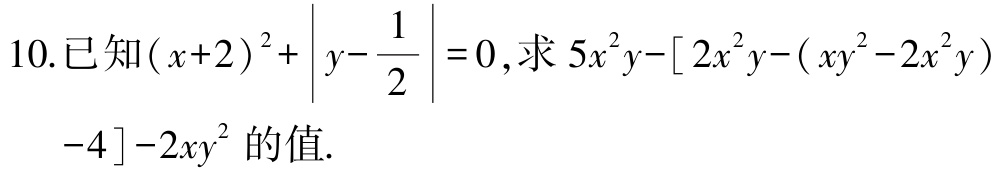
10.已知\((x + 2)^2+\left|y-\frac{1}{2}\right| = 0\),求\(5x^{2}y-\left[2x^{2}y-(xy^{2}-2x^{2}y)-4\right]-2xy^{2}\)的值.